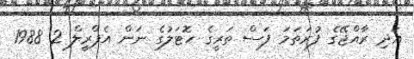
އަދި ރާއްޖޭގެ ފުރަތަމަ ފަސް ތަރީގެ ހޮޓަލުގެ ނަން އެޕްރީލް 2 1988